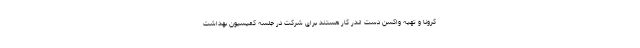
کرونا و تهیه واکسن دست اندر کار هستند برای شرکت در جلسه کمیسیون بهداشت